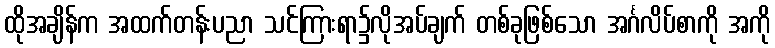
ထိုအချိန်က အထက်တန်းပညာ သင်ကြားရာ၌လိုအပ်ချက် တစ်ခုဖြစ်သော အင်္ဂလိပ်စာကို အကို